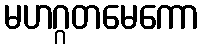
မဟဂ္ဂတမေကော